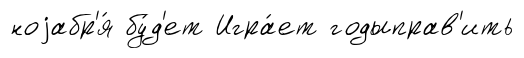
ноjабр'я́ бу́д'ет Игра́ет годыправ'ить